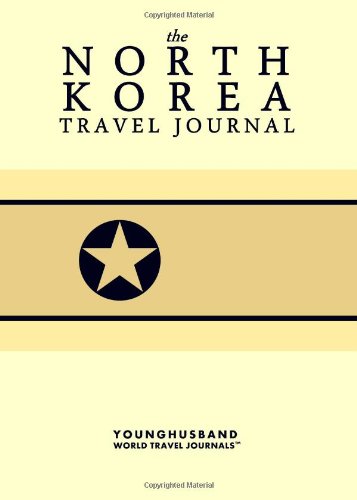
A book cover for The North Korea Travel Journal; Younghusband World Travel Journals; Travel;